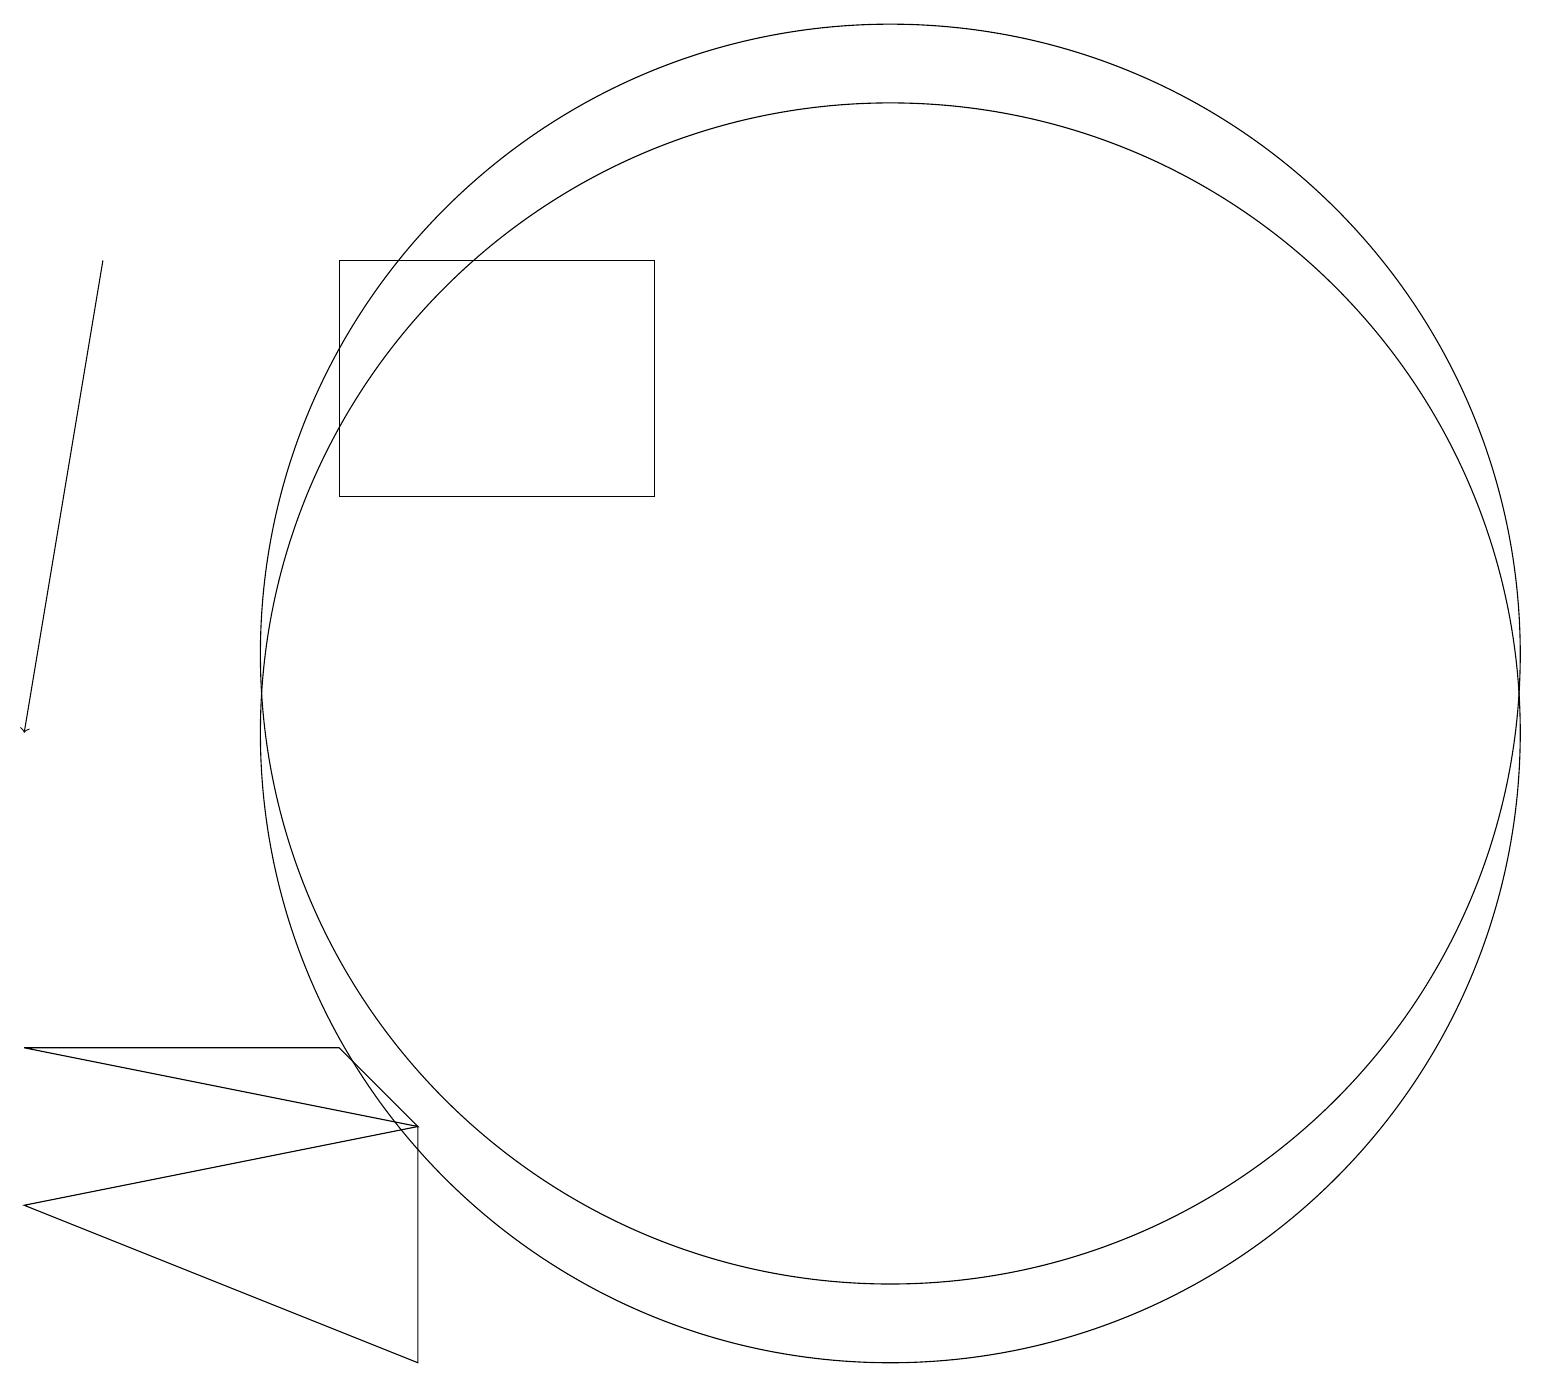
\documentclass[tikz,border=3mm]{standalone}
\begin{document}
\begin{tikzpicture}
\draw (4,14) rectangle (8,17);
\draw (5,6) -- (0,5) -- (5,3) -- cycle;
\draw (11,11) circle (8);
\draw (11,12) circle (8);
\draw (5,6) -- (0,7) -- (4,7) -- cycle;
\draw[->] (1,17) -- (0,11);
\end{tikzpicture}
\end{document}